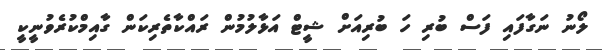
ލޯނު ނަގާފައި ފަސް ބުރި ހަ ބުރިއަށް ޝީޓް އަޅާލުމުން ރައްކާތެރިކަން ގާއިމްކުރެވުނީކީ